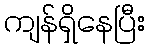
ကျန်ရှိနေပြီး